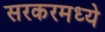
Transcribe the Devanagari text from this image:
सरकरमध्ये